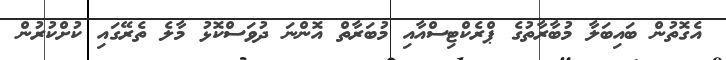
އެގޮތުން ބައިބަލާ މުބާރާތުގެ ޕްރެކްޓިސްއާއި މުބަރާތް އޮންނަ ދުވަސްކޮޅު މާލެ ތެރޭގައި ކުށްކުރުން